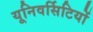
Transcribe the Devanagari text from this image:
यूनिवर्सिटियों